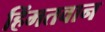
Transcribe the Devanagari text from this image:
हिंमतवान